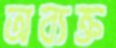
অব্যক্ত